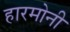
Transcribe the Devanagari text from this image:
हारमोनी